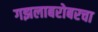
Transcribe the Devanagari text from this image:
गझलाबरोबरचा